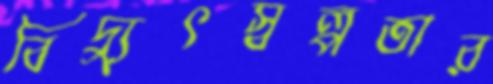
বিদ্যুৎস্বল্পতার